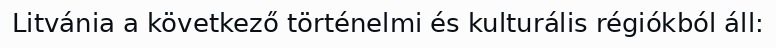
Litvánia a következő történelmi és kulturális régiókból áll: